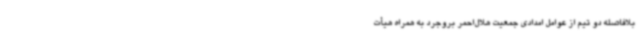
بلافاصله دو تیم از عوامل امدادی جمعیت هلال‌احمر بروجرد به همراه هیأت